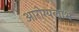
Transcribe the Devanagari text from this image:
आरोग्यलाभ